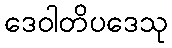
ဒေဝါတိပဒေသု